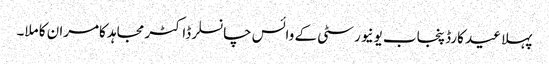
پہلا عید کارڈ پنجاب یونیورسٹی کے وائس چانسلر ڈاکٹر مجاہد کامران کا ملا۔